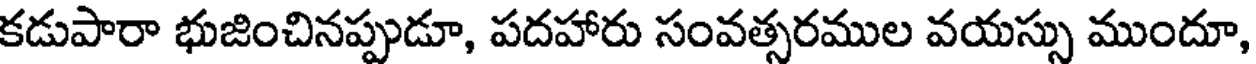
కడుపారా భుజించినప్పుడూ, పదహారు సంవత్సరముల వయస్సు ముందూ,